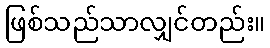
ဖြစ်သည်သာလျှင်တည်း။